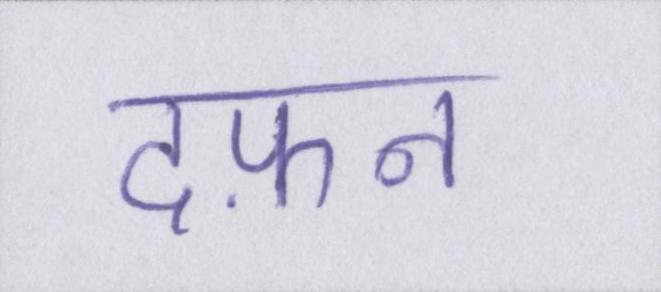
दफ़न